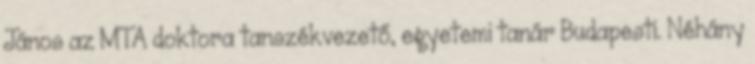
János az MTA doktora tanszékvezető, egyetemi tanár Budapesti. Néhány